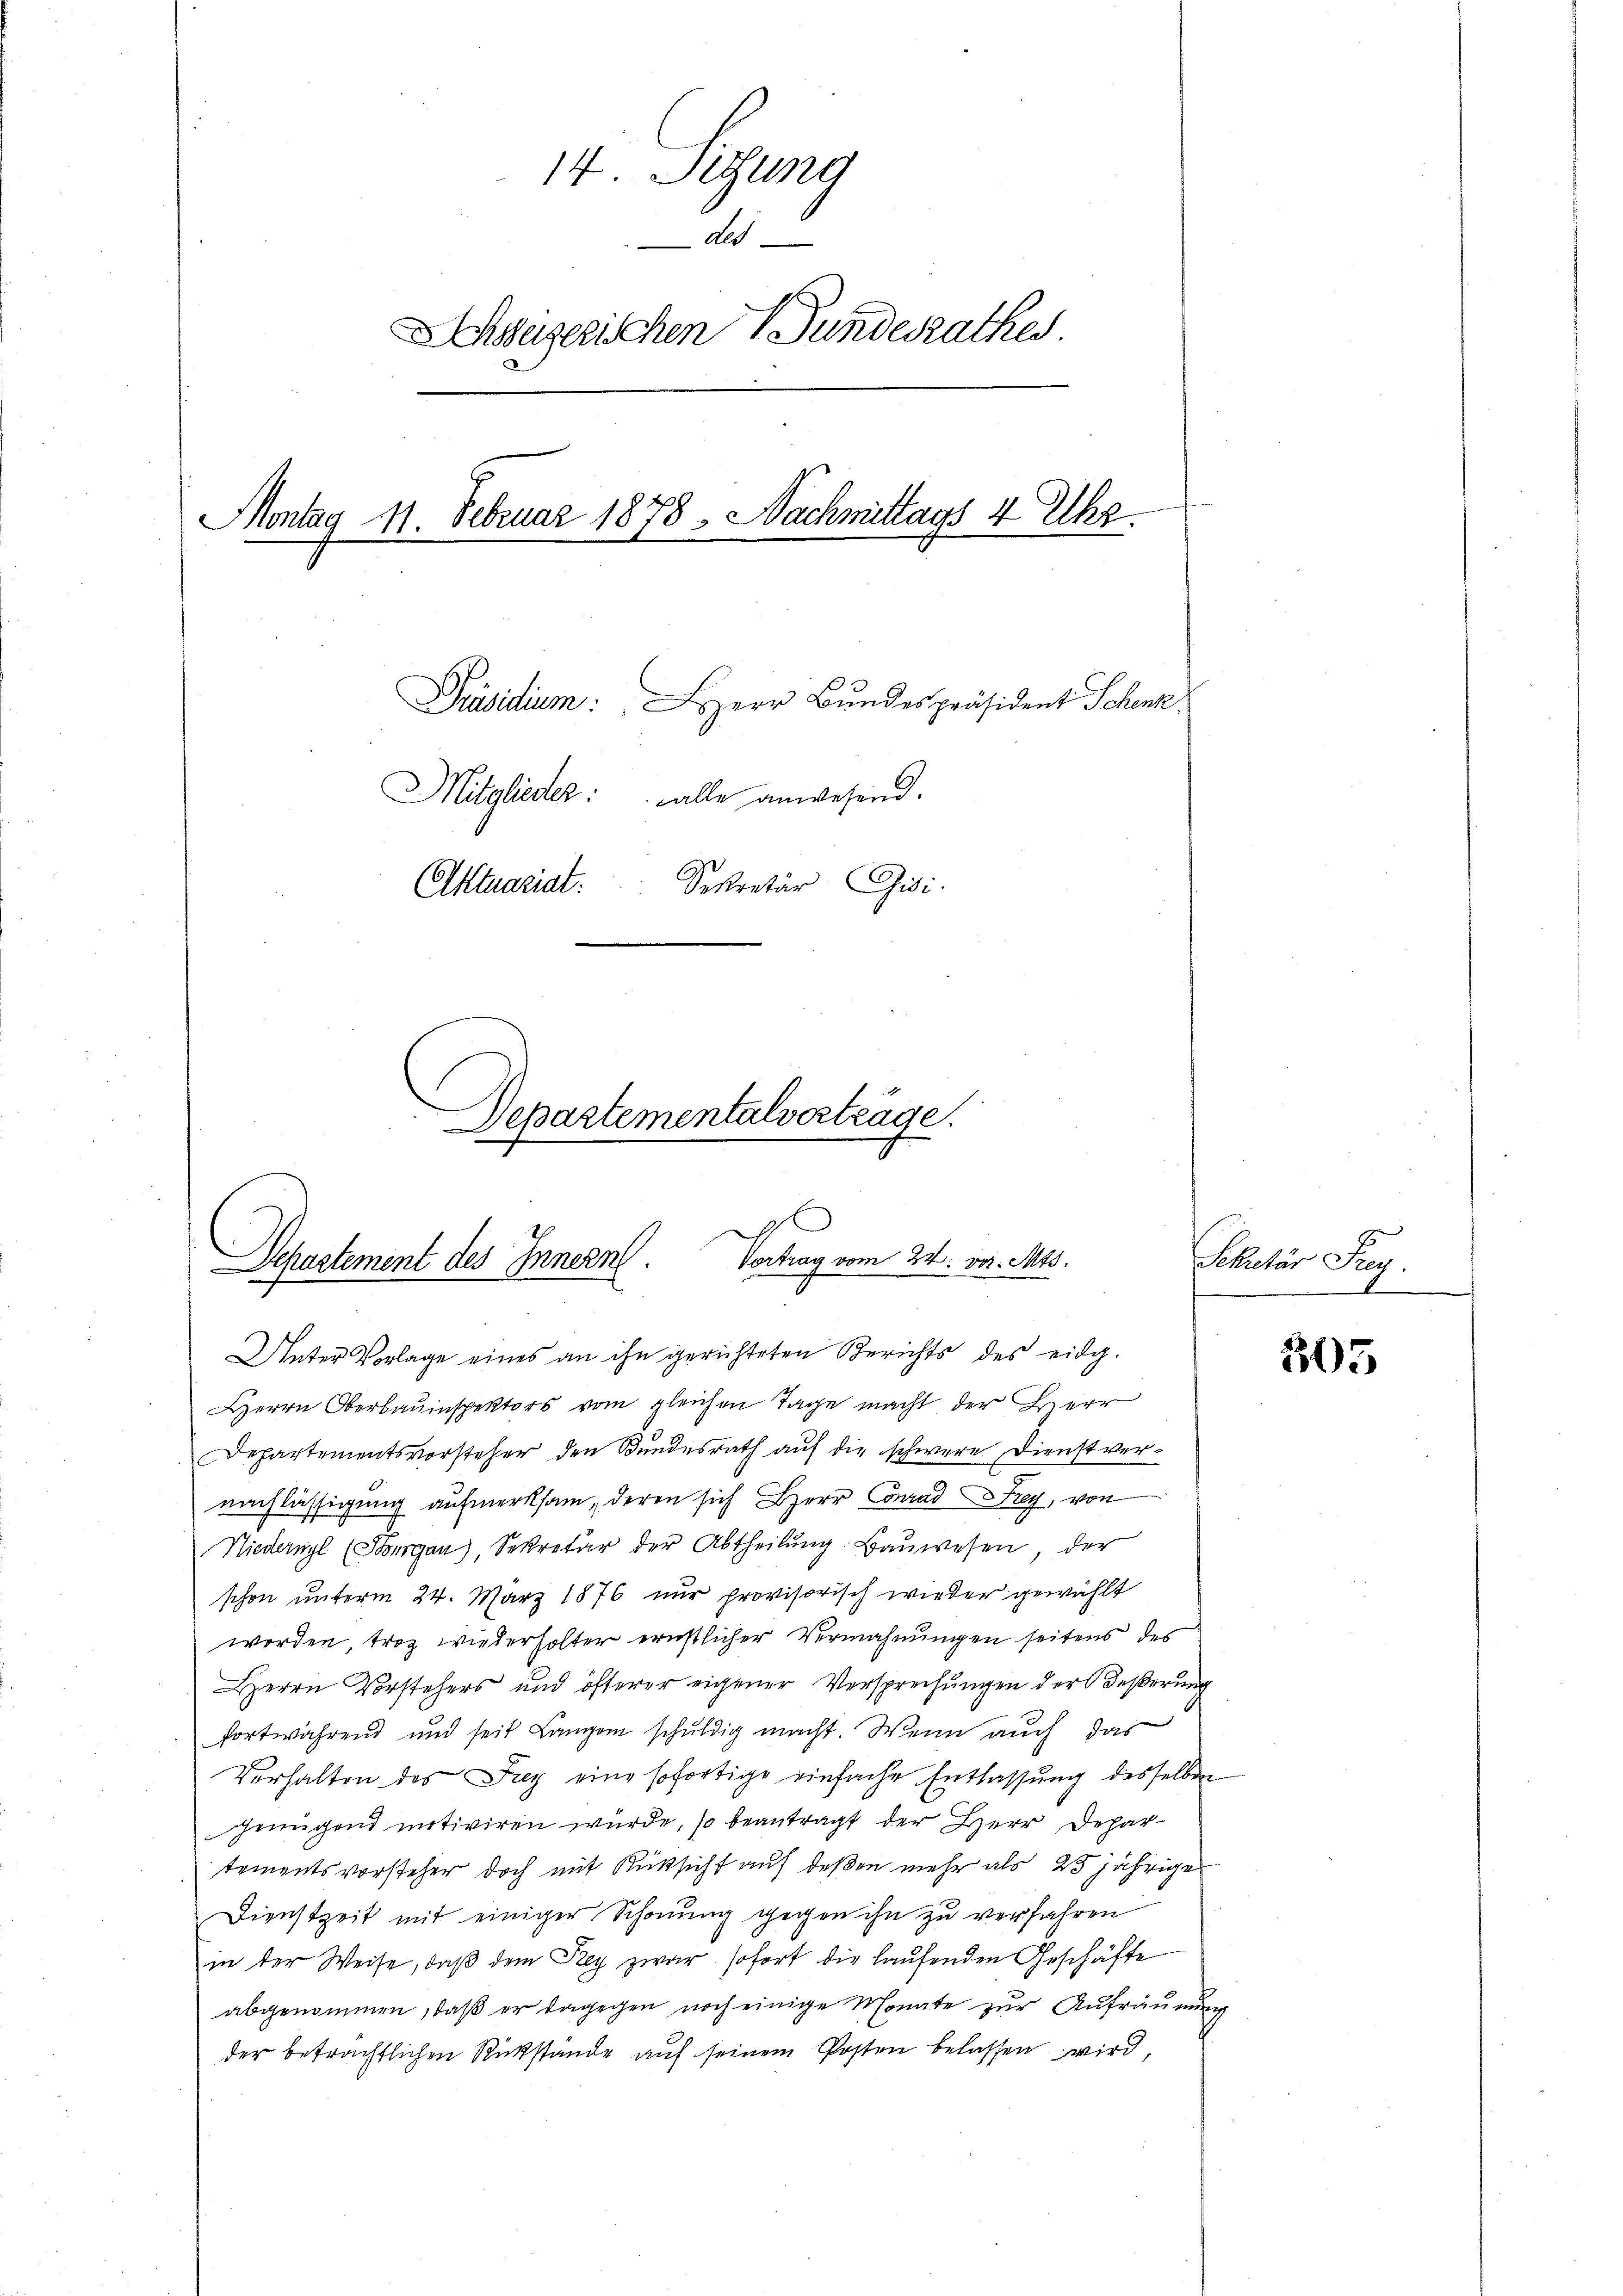
14. Sizung
du
hsegerichen Bundesrathes.
Montag 11. Februar 1878 - Nachmittags 4 Uhr.
Präsidium: Herr Bundespräsident Schenk
Mitglieder: alle anwesend.
Aktuariat. Sekretär Gisi
Departementalverträge.

d
Sepastement des Innern. Vortrag vom 24. vor. Mts.
Unter Vorlage eines an ihn gerichteten Berichts des eidg.

Herrn Oberbauinspektors vom gleichen Tage macht der Herr
Departementsvorsteher den Bundesrath auf die schwere Dienstvernachlässigung aufmerksam, deren sich Herr Conrad Frey, von
Niederwyl (Thurgau), Secretär der Abtheilŭng Baŭwesen der
schon unterm 24. März 1876 nur provisorisch wieder gewählt
worden, trotz wiederholter ernstlicher Vermahnungen seitens des
Herrn Vorstehers und öfterer eigener Versprechungen der Beßerung
fortwährend und seit Langen schuldig macht. Wenn auch das
Verhalten des Frey eine sofortige einfache Entlassŭng desselben
genügend mitiviren würde, so beantragt der Herr Departementsvorsteher doch mit Rücksicht auf deßen mehr als 25jährige
Dienstzeit mit einiger Schonung gegen ihn zu verfahren
in der Weise, daß dem Prey zwar sofort die laufenden Geschäfte
abgenommen, daβ er dagegen noch einige Monate zŭr Aŭfräŭmŭng
der beträchtlichen Rükstände auf seinem Posten belassen wird,

Sekretär Frey.

305